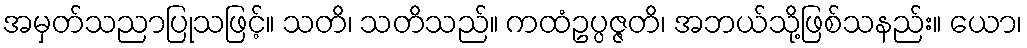
အမှတ်သညာပြုသဖြင့်။ သတိ၊ သတိသည်။ ကထံဥပ္ပဇ္ဇတိ၊ အဘယ်သို့ဖြစ်သနည်း။ ယော၊